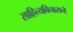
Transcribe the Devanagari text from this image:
साहित्यविचाराने